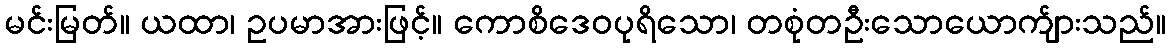
မင်းမြတ်။ ယထာ၊ ဥပမာအားဖြင့်။ ကောစိဒေဝပုရိသော၊ တစုံတဦးသောယောက်ျားသည်။